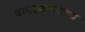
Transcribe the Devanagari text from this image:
बापरणार्‍याच्या